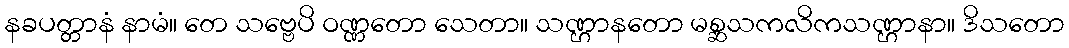
နခပတ္တာနံ နာမံ။ တေ သဗ္ဗေပိ ဝဏ္ဏတော သေတာ။ သဏ္ဌာနတော မစ္ဆသကလိကသဏ္ဌာနာ။ ဒိသတော